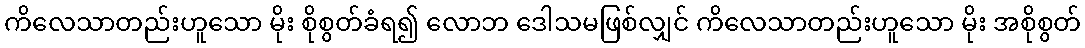
ကိလေသာတည်းဟူသော မိုး စိုစွတ်ခံရ၍ လောဘ ဒေါသမဖြစ်လျှင် ကိလေသာတည်းဟူသော မိုး အစိုစွတ်